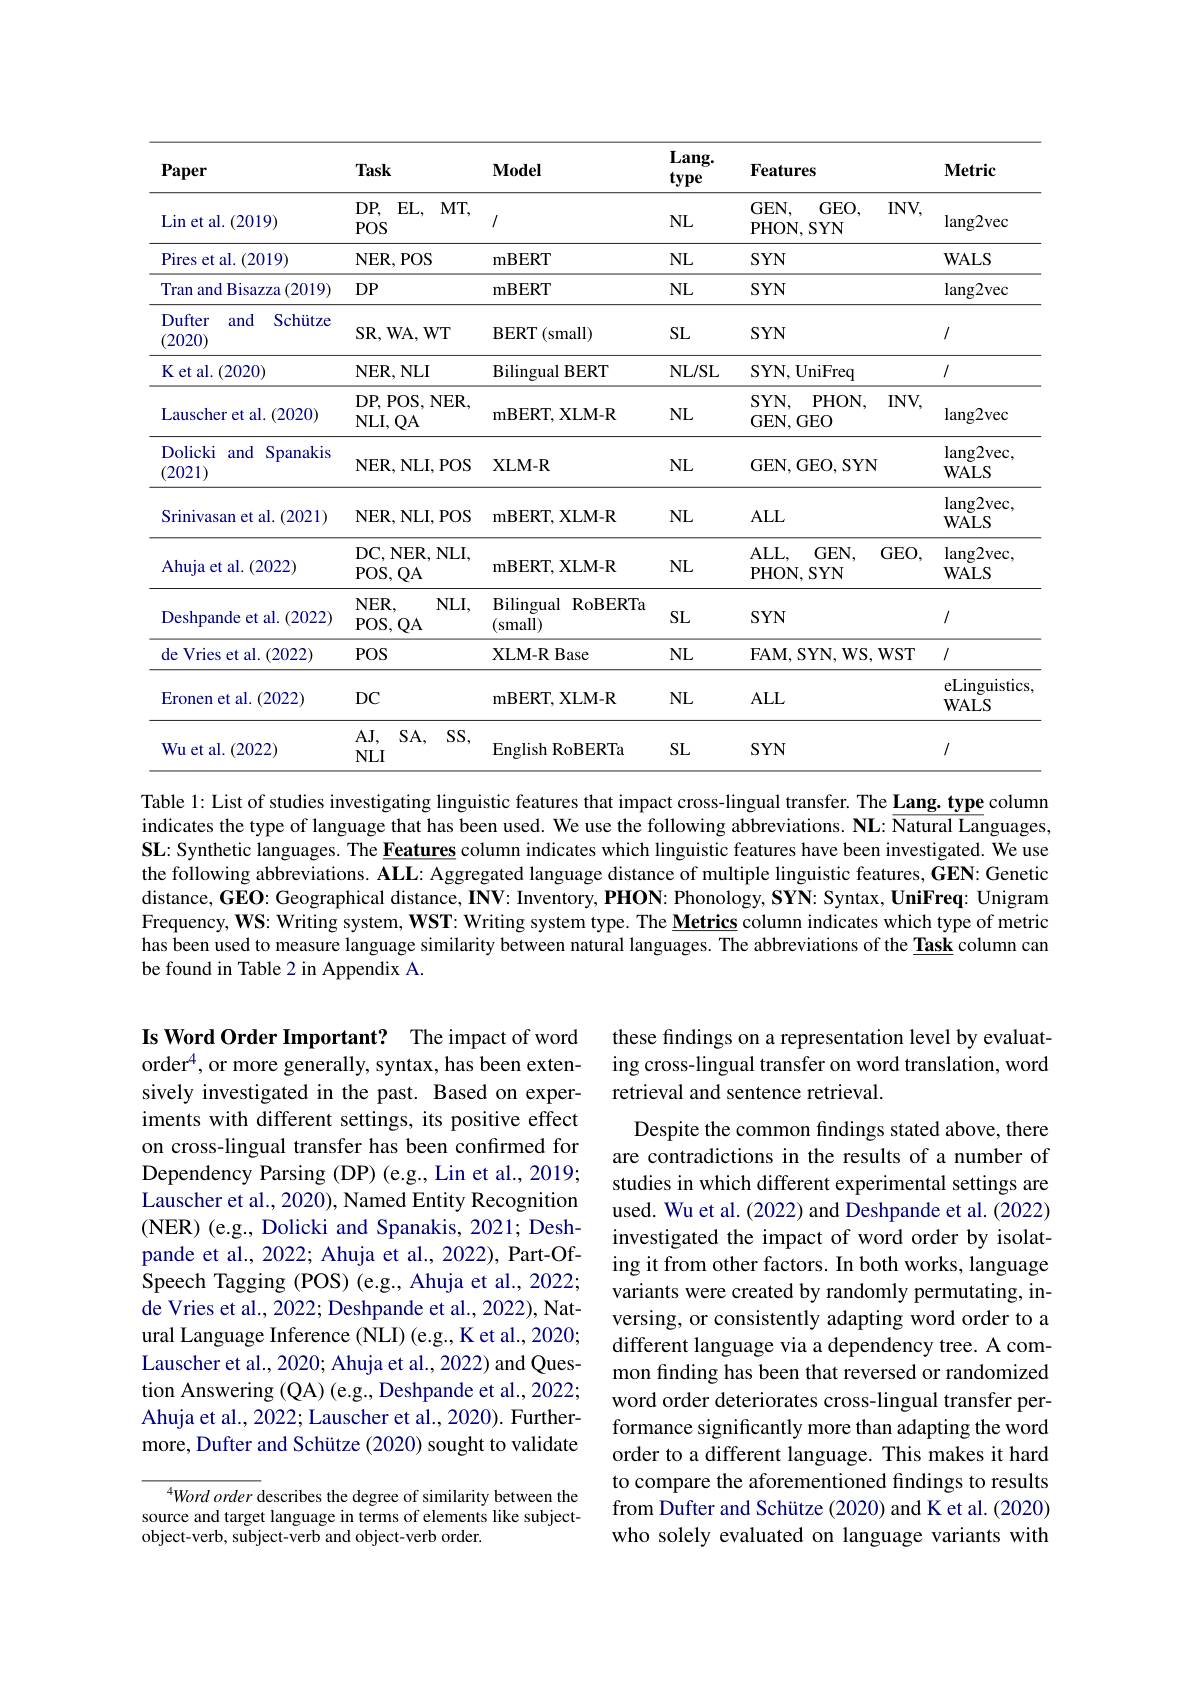
<table>
	<tbody>
		<tr>
			<th>Paper</th>
			<th>Task</th>
			<th>$\mathbf{Model}$</th>
			<th>$ang.$ ype</th>
			<th>Features</th>
			<th>$\mathbf{Metric}$</th>
		</tr>
		<tr>
			<td>$\operatorname{Lin}$et al.(2019)</td>
			<td>$DP$, $EL$, $MT$, $POS$</td>
			<td></td>
			<td>$JL$</td>
			<td>$GEN$, $GEO$, $INV$, PHON, SYN</td>
			<td>$\operatorname{lang2vec}$</td>
		</tr>
		<tr>
			<td>Pires et al. 1.(2019)</td>
			<td>NER, POS</td>
			<td>mBERT</td>
			<td>$JL$</td>
			<td>$SYN$</td>
			<td>WALS</td>
		</tr>
		<tr>
			<td>Tran and Bisazza (2019)</td>
			<td>$DP$</td>
			<td>mBERT</td>
			<td>$JL$</td>
			<td>$SYN$</td>
			<td>$\operatorname{lang2vec}$</td>
		</tr>
		<tr>
			<td>Dufter and Schiitze (2020)</td>
			<td>$\mathbf{SR}$, $\mathbf{WA}$, $\mathbf{WT}$</td>
			<td>BERT$\left ( \mathrm{small}\right )$</td>
			<td></td>
			<td>$SYN$</td>
			<td></td>
		</tr>
		<tr>
			<td>K et al. ( 2020) </td>
			<td>$\mathbf{NER,NLI}$</td>
			<td>${\mathrm{Bilingual~BERT}}$</td>
			<td>JL/ SL</td>
			<td>SYN, UniFreq</td>
			<td>1</td>
		</tr>
		<tr>
			<td>Lauscher et al. ( 2020) </td>
			<td>DP, POS, NER, NLI, QA</td>
			<td>mBERT, XLM- R</td>
			<td></td>
			<td>$SYN$, $PHON$, $INV$, GEN,GEO</td>
			<td>$\operatorname{lang2vec}$</td>
		</tr>
		<tr>
			<td>Dolicki and Spanakis (2021)</td>
			<td>NER, NLI, POS</td>
			<td>XLM- R</td>
			<td></td>
			<td>GEN,GEO,SYN</td>
			<td>$\operatorname{lang2vec}$, WALS</td>
		</tr>
		<tr>
			<td>Srinivasan et al. (2021)</td>
			<td>NER, NLI, POS</td>
			<td>mBERT, XLM- R</td>
			<td>$JL$</td>
			<td>$ALL$</td>
			<td>$\operatorname{lang2vec}$, WALS</td>
		</tr>
		<tr>
			<td>Ahuja et al. ( 2022) </td>
			<td>DC, NER, NLI, POS, QA</td>
			<td>mBERT, XLM- R</td>
			<td>$JL$</td>
			<td>$ALL$, $GEN$, $GEO$, PHON, SYN</td>
			<td>$\operatorname{lang2vec}$, WALS</td>
		</tr>
		<tr>
			<td>Deshpande et al. (2022)</td>
			<td>$NER$, $NLI$, POS, QA</td>
			<td>Bilingual RoBERTa (small)</td>
			<td>$L$</td>
			<td>$SYN$</td>
			<td>1/</td>
		</tr>
		<tr>
			<td>de Vries et al. (2022)</td>
			<td>$POS$</td>
			<td>XLM- RBase</td>
			<td>$JL$</td>
			<td>FAM, SYN, WS, WST</td>
			<td></td>
		</tr>
		<tr>
			<td>Eronen et al. (2022)</td>
			<td>$DC$</td>
			<td>mBERT, XLM-R</td>
			<td>$JL$</td>
			<td>$ALL$</td>
			<td>eLinguistics $\mathbf{WALS}$</td>
		</tr>
		<tr>
			<td>Wu et al. ( 2022) </td>
			<td>$AJ$, $SA$, $SS$, $NLI$</td>
			<td>English RoBERTa</td>
			<td>$L$</td>
			<td>$SYN$</td>
			<td>1/</td>
		</tr>
	</tbody>
</table>

Table 1: List of studies investigating linguistic features that impact cross-lingual transfer. The $\underline{\mathbf{Lang.type}}$ column indicates the type of language that has been used. We use the following abbreviations. $\mathbf{NL: \overline {\text{Natural Languages, }}}$ SL: Synthetic languages. The Features column indicates which linguistic features have been investigated. We use the following abbreviations. $\mathbf{ALL:~Aggregated~language~distance~of~multiple~linguistic~features,~\v{GEN}:~Genetic}$ distance, GEO: Geographical distance, INV: Inventory, PHON: Phonology, SYN: Syntax, UniFreq: Unigram Frequency, WS: Writing system, WST: Writing system type. The Metrics column indicates which type of metric has been used to measure language similarity between natural languages. The abbreviations of the $\underline\textbf{Task}$ column can be found in Table 2 in Appendix A.

these findings on a representation level by evaluating cross-lingual transfer on word translation, word retrieval and sentence retrieval.

Is Word Order Important? The impact of word order$^4$,or more generally, syntax, has been extensively investigated in the past. Based on experiments with different settings, its positive effect on cross-lingual transfer has been confirmed for Dependency Parsing (DP) (e.g., Lin et al., 2019; Lauscher et al., 2020), Named Entity Recognition ( NER) ( e. g. , Dolicki and Spanakis, 2021; Desh- pande et al., 2022; Ahuja et al., 2022), Part-OfSpeech Tagging (POS) (e.g., Ahuja et al., 2022; de Vries et al., 2022; Deshpande et al., 2022), Natural Language Inference (NLI) (e.g., K et al., 2020; Lauscher et al., 2020; Ahuja et al., 2022) and Question Answering (QA) (e.g., Deshpande et al., 2022; Ahuja et al., 2022; Lauscher et al., 2020). Furthermore, Dufter and Schütze (2020) sought to validate

Despite the common findings stated above, there are contradictions in the results of a number of studies in which different experimental settings are used. Wu et al. (2022) and Deshpande et al. (2022) investigated the impact of word order by isolating it from other factors. In both works, language variants were created by randomly permutating, inversing, or consistently adapting word order to a different language via a dependency tree. A common finding has been that reversed or randomized word order deteriorates cross-lingual transfer performance significantly more than adapting the word order to a different language. This makes it hard to compare the aforementioned findings to results from Dufter and Schütze (2020) and K et al. (2020) who solely evaluated on language variants with

$^{4}Word\textit{ order describes the degree of similarity between the}$ source and target language in terms of elements like subjectobject-verb, subject-verb and object-verb order.